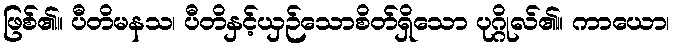
ဖြစ်၏။ ပီတိမနသ၊ ပီတိနှင့်ယှဉ်သောစိတ်ရှိသော ပုဂ္ဂိုလ်၏။ ကာယော၊